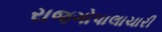
રાજગોપાલાચારી